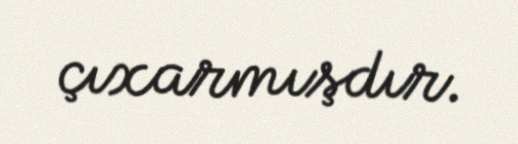
çıxarmışdır.